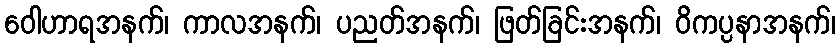
ဝေါဟာရအနက်၊ ကာလအနက်၊ ပညတ်အနက်၊ ဖြတ်ခြင်းအနက်၊ ဝိကပ္ပနာအနက်၊